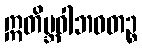
ဣတိဗ္ဘဝါဘဝတဉ္စ